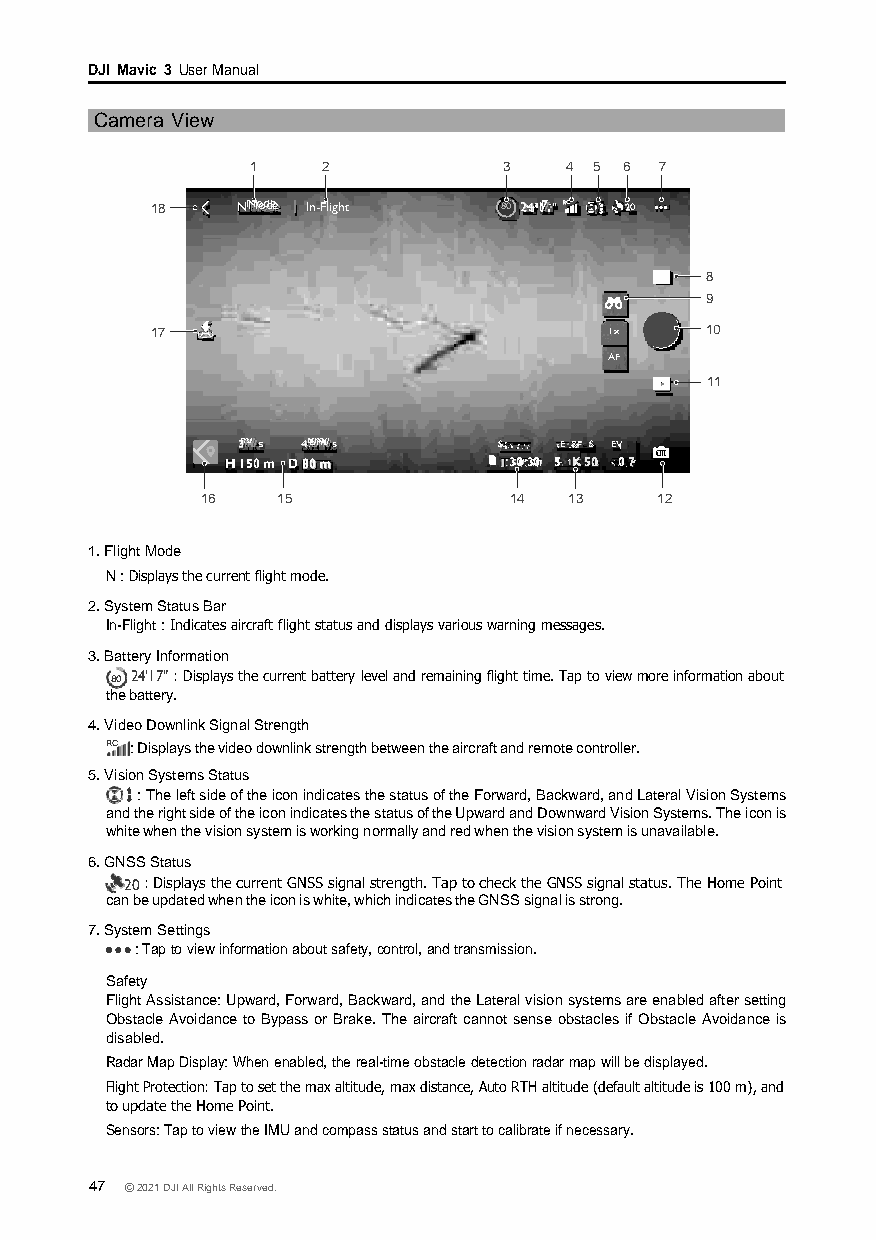
DJI Mavic 3 User Manual
 Camera View
 1   2           3   4 5 6  7
 18    NM MMooodddeee In-Flight 80 2244 1777 RRC 220
 8
 9
 17                            1x     10
 AF
 11
 333mmmm////ss 446.66mmm///s S o E & S EV
 H 150 m D 8800 mm  30 30 5 K 50 0 7
 16   15              14  13    12
 1. Flight Mode
 N : Displays the current flight mode.
 2. System Status Bar
 In-Flight : Indicates aircraft flight status and displays various warning messages.
 3. Battery Information
 80 24'17" : Displays the current battery level and remaining flight time. Tap to view more information about
 the battery.
 4. Video Downlink Signal Strength
 RC : Displays the video downlink strength between the aircraft and remote controller.
 5. Vision Systems Status
 : The left side of the icon indicates the status of the Forward, Backward, and Lateral Vision Systems
 and the right side of the icon indicates the status of the Upward and Downward Vision Systems. The icon is
 white when the vision system is working normally and red when the vision system is unavailable.
 6. GNSS Status
 20 : Displays the current GNSS signal strength. Tap to check the GNSS signal status. The Home Point
 can be updated when the icon is white, which indicates the GNSS signal is strong.
 7. System Settings
 : Tap to view information about safety, control, and transmission.
 Safety
 Flight Assistance: Upward, Forward, Backward, and the Lateral vision systems are enabled after setting
 Obstacle Avoidance to Bypass or Brake. The aircraft cannot sense obstacles if Obstacle Avoidance is
 disabled.
 Radar Map Display: When enabled, the real-time obstacle detection radar map will be displayed.
 Flight Protection: Tap to set the max altitude, max distance, Auto RTH altitude (default altitude is 100 m), and
 to update the Home Point.
 Sensors: Tap to view the IMU and compass status and start to calibrate if necessary.
 47 © 2021 DJI All Rights Reserved.